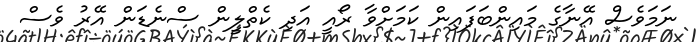
ނަމަވެސް އޭނާގެ މައިންބަފައިން ކަމަށްވާ ރޯއީ އަދި ކެތްލީން ސްނެޑަން އޭރު ވެސް